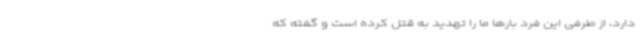
دارد، از طرفی این فرد بارها ما را تهدید به قتل کرده است و گفته که